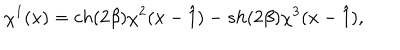
LaTeX: \chi ^ { 1 } ( x ) = c h ( 2 \beta ) \chi ^ { 2 } ( x - \hat { 1 } ) - s h ( 2 \beta ) \chi ^ { 3 } ( x - \hat { 1 } ) ,